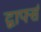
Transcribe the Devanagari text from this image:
द्वार्फ्स